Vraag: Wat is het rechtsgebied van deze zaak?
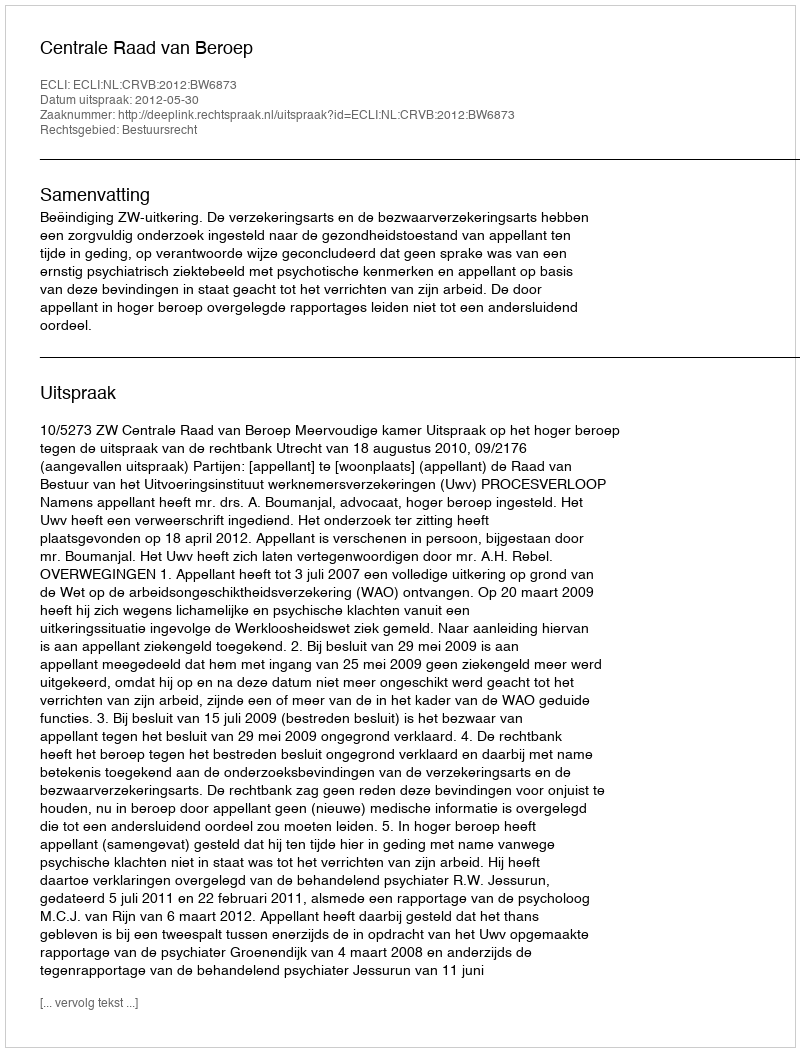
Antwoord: Bestuursrecht